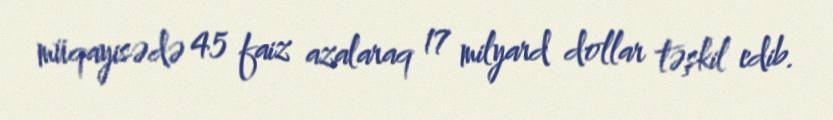
müqayisədə 45 faiz azalaraq 17 milyard dollar təşkil edib.